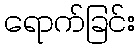
ရောက်ခြင်း